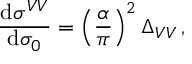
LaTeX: \frac { \mathrm { d } \sigma ^ { V V } } { \mathrm { d } \sigma _ { 0 } } = \left( \frac { \alpha } { \pi } \right) ^ { 2 } \Delta _ { V V } \, ,